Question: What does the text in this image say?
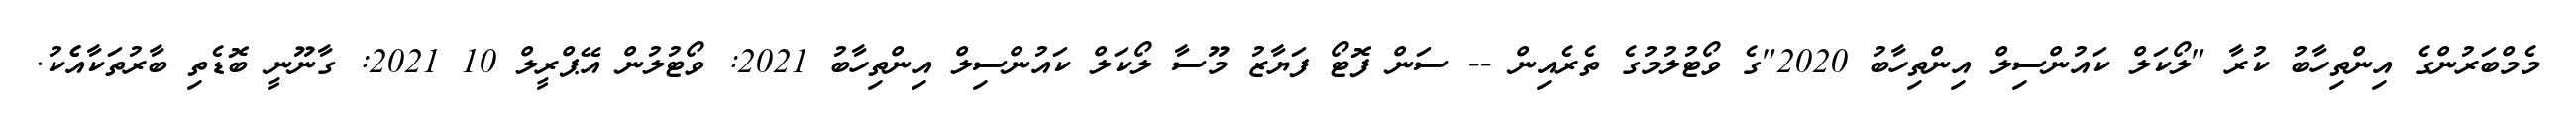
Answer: މެމްބަރުންގެ އިންތިހާބު ކުރާ "ލޯކަލް ކައުންސިލް އިންތިހާބު 2020"ގެ ވޯޓުލުމުގެ ތެރެއިން -- ސަން ފޮޓޯ ފަޔާޒު މޫސާ ލޯކަލް ކައުންސިލް އިންތިހާބު 2021: ވޯޓުލުން އޭޕްރީލް 10 2021: ގާނޫނީ ބޮޑެތި ބާރުތަކާއެެކު.